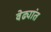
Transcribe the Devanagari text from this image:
वेढ्यांत